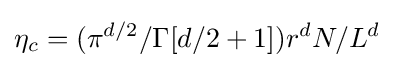
\eta _{c}=(\pi ^{d/2}/\Gamma [d/2+1])r^{d}N/L^{d}